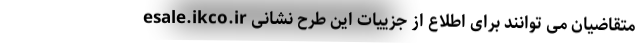
متقاضیان می توانند برای اطلاع از جزییات این طرح نشانی esale.ikco.ir